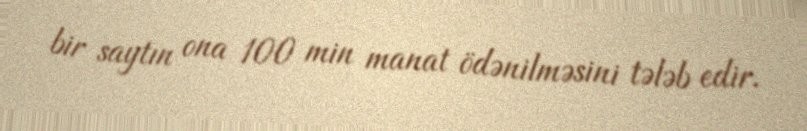
bir saytın ona 100 min manat ödənilməsini tələb edir.